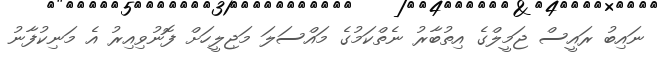
ނައިބު ރައީސް ޖަމީލްގެ އިތުބާރު ނެތްކަމުގެ މައްސަލަ މަޖިލީހަށް ފޮނުވިއިރު އެ މަނިކުފާނު